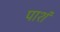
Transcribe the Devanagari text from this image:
पाशं